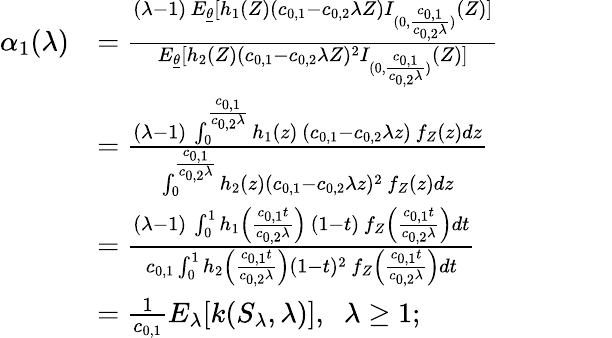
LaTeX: \begin{array}{rl}{\alpha_{1}(\lambda)}&{=\frac{(\lambda-1)\, E_{\underline{{\theta}}}[h_{1}(Z)(c_{0,1}-c_{0,2}\lambda Z)I_{(0,\frac{c_{0,1}}{c_{0,2}\lambda})}(Z)]}{E_{\underline{{\theta}}}[h_{2}(Z)(c_{0,1}-c_{0,2}\lambda Z)^{2}I_{(0,\frac{c_{0,1}}{c_{0,2}\lambda})}(Z)]}\qquad\qquad}\\ &{=\frac{(\lambda-1)\, \int_{0}^{\frac{c_{0,1}}{c_{0,2}\lambda}}h_{1}(z)\, (c_{0,1}-c_{0,2}\lambda z)\, f_{Z}\left(z\right)dz}{\int_{0}^{\frac{c_{0,1}}{c_{0,2}\lambda}}h_{2}\left(z\right)(c_{0,1}-c_{0,2}\lambda z)^{2}\, f_{Z}\left(z\right)dz}}\\ &{=\frac{(\lambda-1)\, \int_{0}^{1}h_{1}\left(\frac{c_{0,1}t}{c_{0,2}\lambda}\right)\, (1-t)\, f_{Z}\left(\frac{c_{0,1}t}{c_{0,2}\lambda}\right)dt}{c_{0,1}\int_{0}^{1}h_{2}\left(\frac{c_{0,1}t}{c_{0,2}\lambda}\right)(1-t)^{2}\, f_{Z}\left(\frac{c_{0,1}t}{c_{0,2}\lambda}\right)dt}}\\ &{=\frac{1}{c_{0,1}}E_{\lambda}[k(S_{\lambda},\lambda)],\; \; \lambda\geq 1;}\end{array}